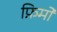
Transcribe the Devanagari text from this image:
फ़िमों